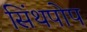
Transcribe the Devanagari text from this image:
सिंथपोप